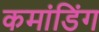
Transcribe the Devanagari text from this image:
कमांडिंग